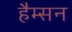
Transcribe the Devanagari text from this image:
हैम्सन